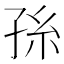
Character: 𭓂